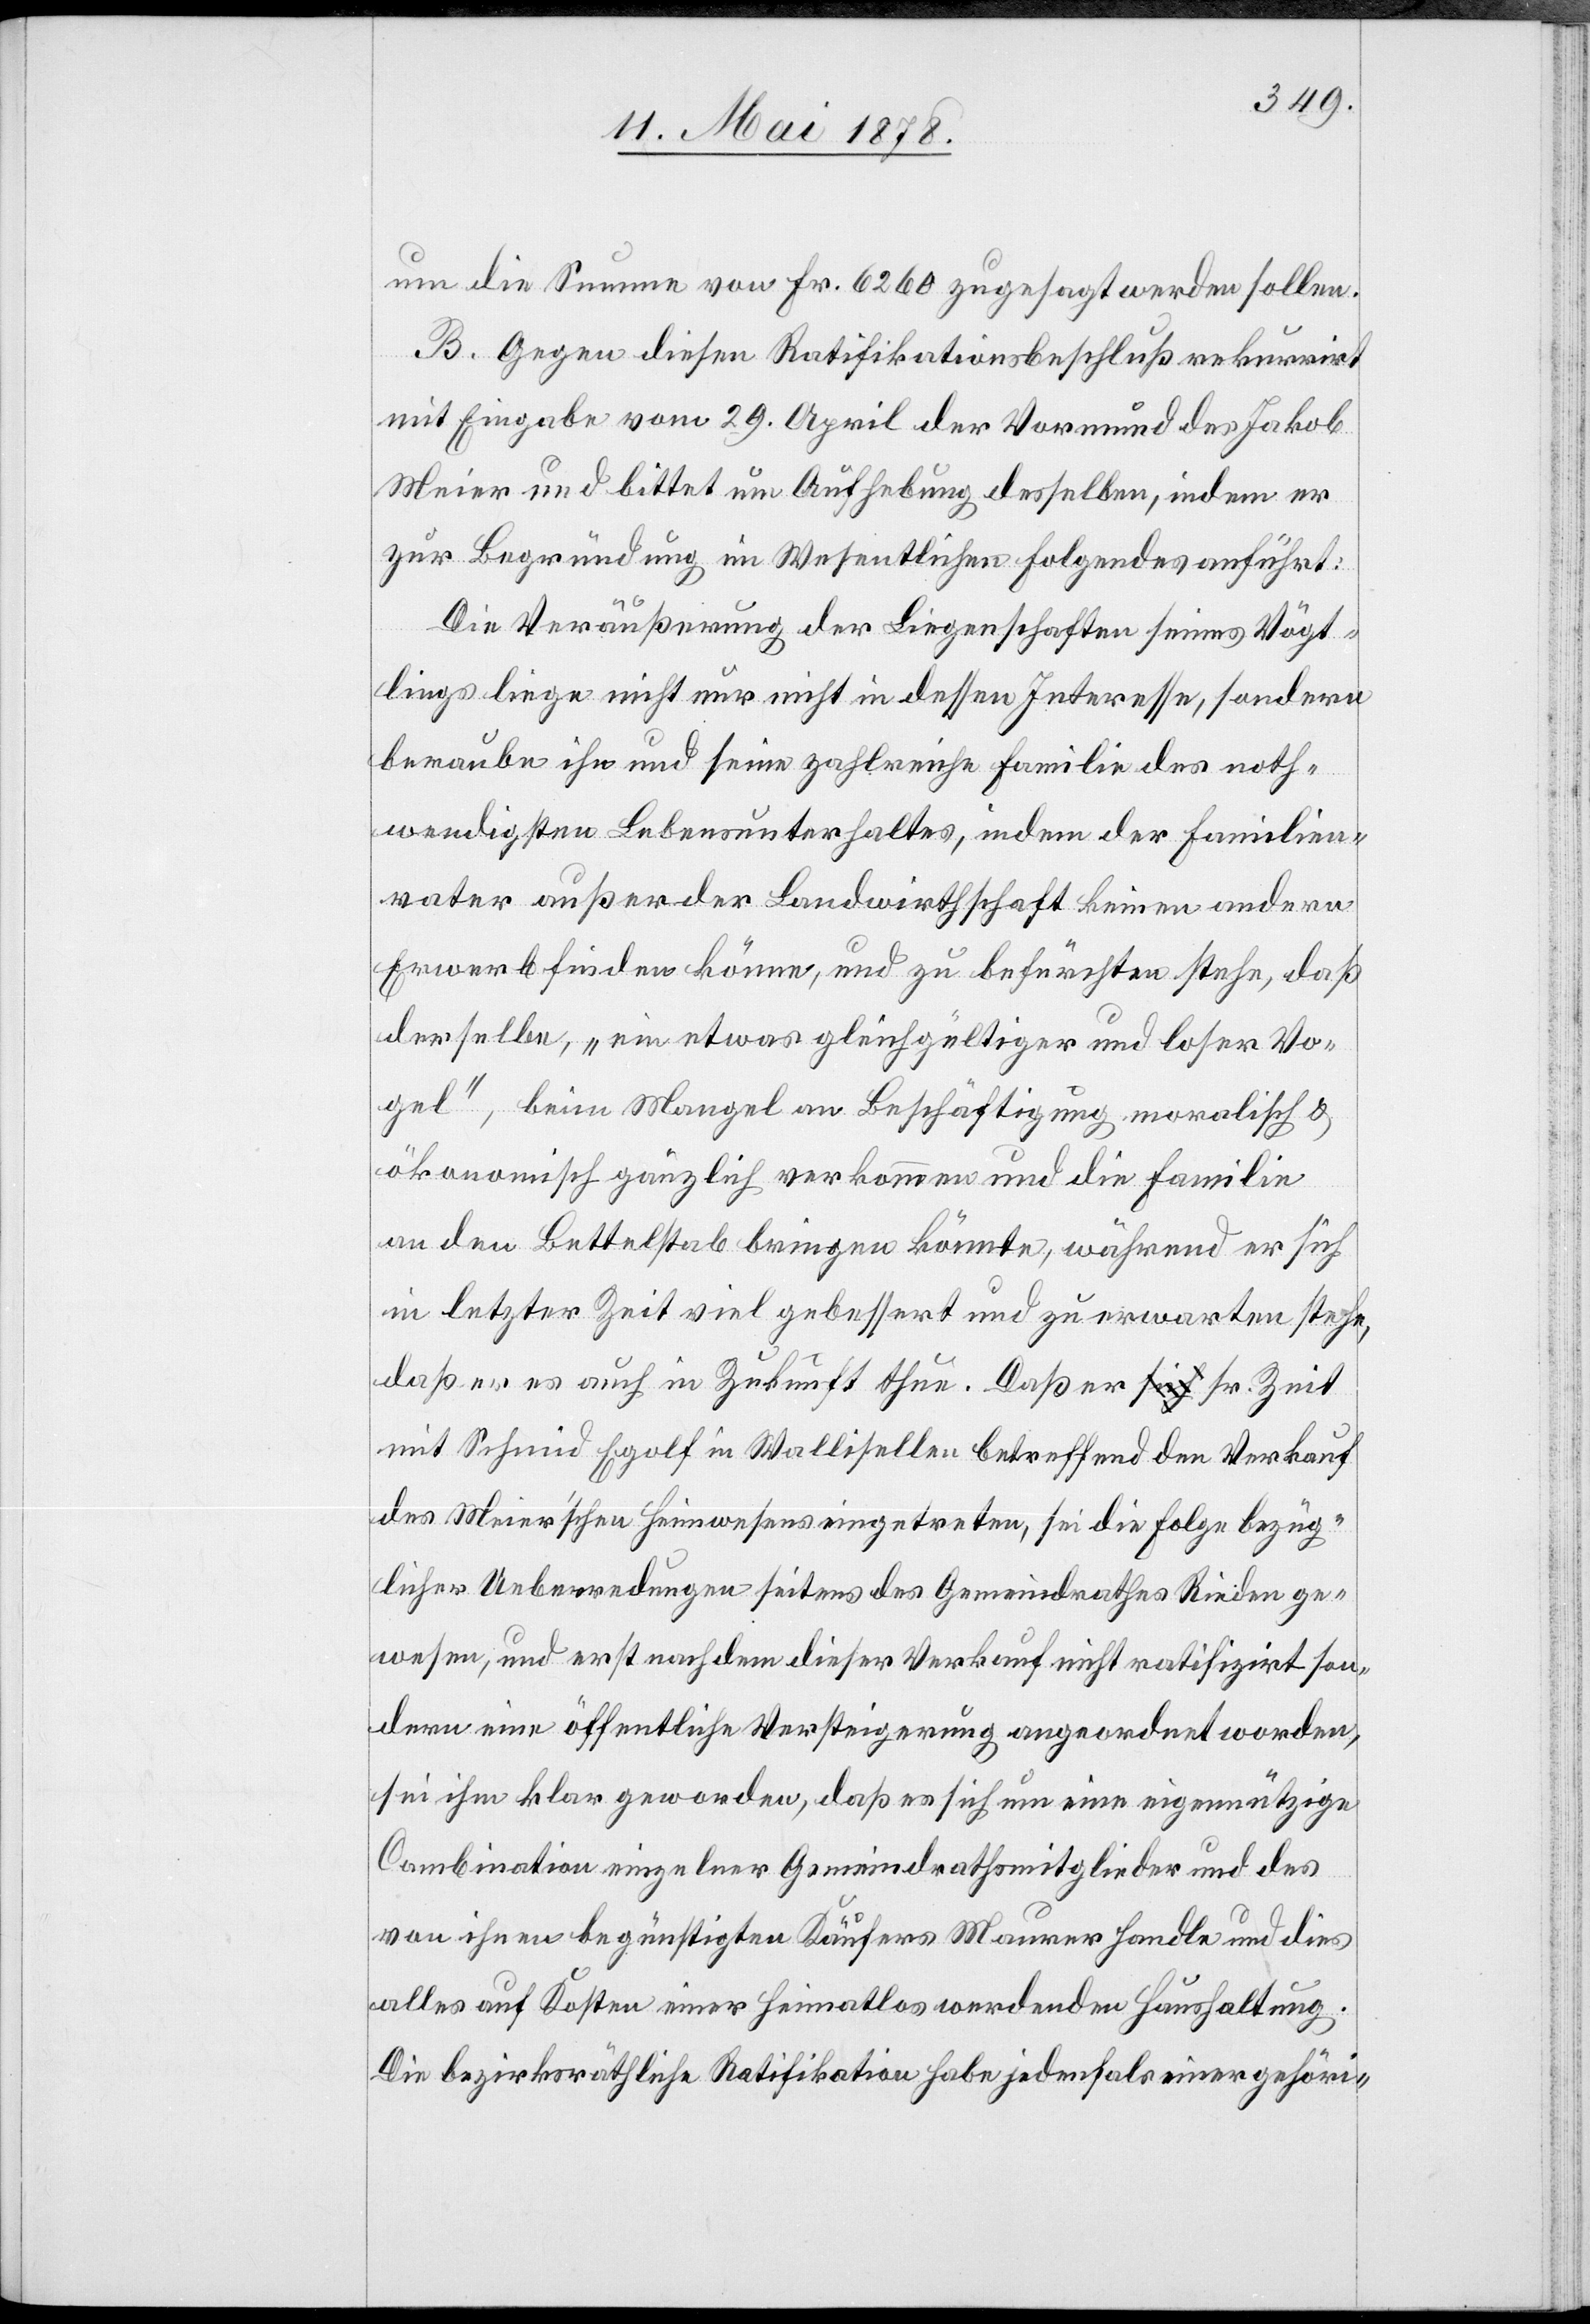
um die Summe von Fr. 6260 zugesagt werden sollen.
B. Gegen diesen Ratifikationsbeschluß rekurrirt
mit Eingabe vom 29. April der Vormund des Jakob
Meier und bittet um Aufhebung desselben, indem er
zur Begründung im Wesentlichen folgendes anführt:
Die Veräußerung der Liegenschaften seines Vögt¬
lings liege nicht nur nicht in dessen Interesse, sondern
beraube ihn und seine zahlreiche Familie des noth¬
wendigsten Lebensunterhaltes, indem der Familien¬
vater außer der Landwirthschaft keinen andern
Erwerb finden könne, und zu befürchten stehe, daß
derselbe, „ein etwas gleichgültiger und loser Vo¬
gel“, beim Mangel an Beschäftigung monatlich &
ökonomisch gänzlich verkommen und die Familie
an den Bettelstab bringen könnte, während er sich
in letzter Zeit viel gebessert und zu erwarten stehe,
daß er es auch in Zukunft thue. Daß er sr. Zeit
mit Schmid Egolf in Wallisellen betreffend den Verkauf
des Meier’schen Heimwesens eingetreten, sei die Folge bezüg¬
licher Ueberredungen seitens des Gemeindrathes Rieden ge¬
wesen, und erst nachdem dieser Verkauf nicht ratifizirt son¬
dern eine öffentliche Versteigerung angeordnet worden,
sei ihm klar geworden, daß es sich um eine eigennützige
Combination einzelner Gemeindrathsmitglieder und des
von ihnen begünstigten Käufers Maurer handle und dies
alles auf Kosten einer heimatlos werdenden Haushaltung.
Die bezirksräthliche Ratifikation habe jedenfal[l]s einer gehöri-